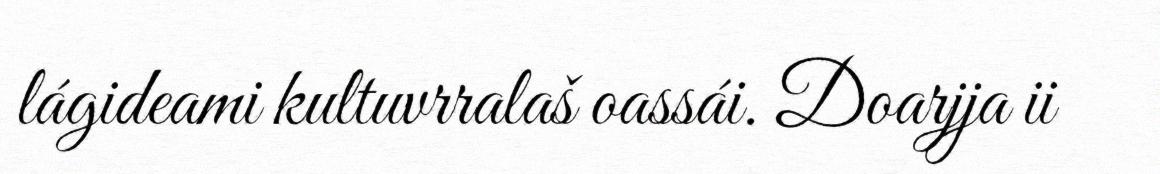
lágideami kultuvrralaš oassái. Doarjja ii